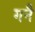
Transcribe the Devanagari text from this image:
गनै